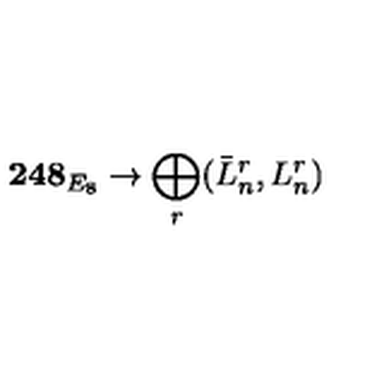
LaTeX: { \bf 2 4 8 } _ { E _ { 8 } } \rightarrow \bigoplus _ { r } ( \bar { L } _ { n } ^ { r } , L _ { n } ^ { r } )